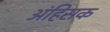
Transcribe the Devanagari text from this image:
अंहिसक